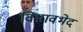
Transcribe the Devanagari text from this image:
विभावभेद